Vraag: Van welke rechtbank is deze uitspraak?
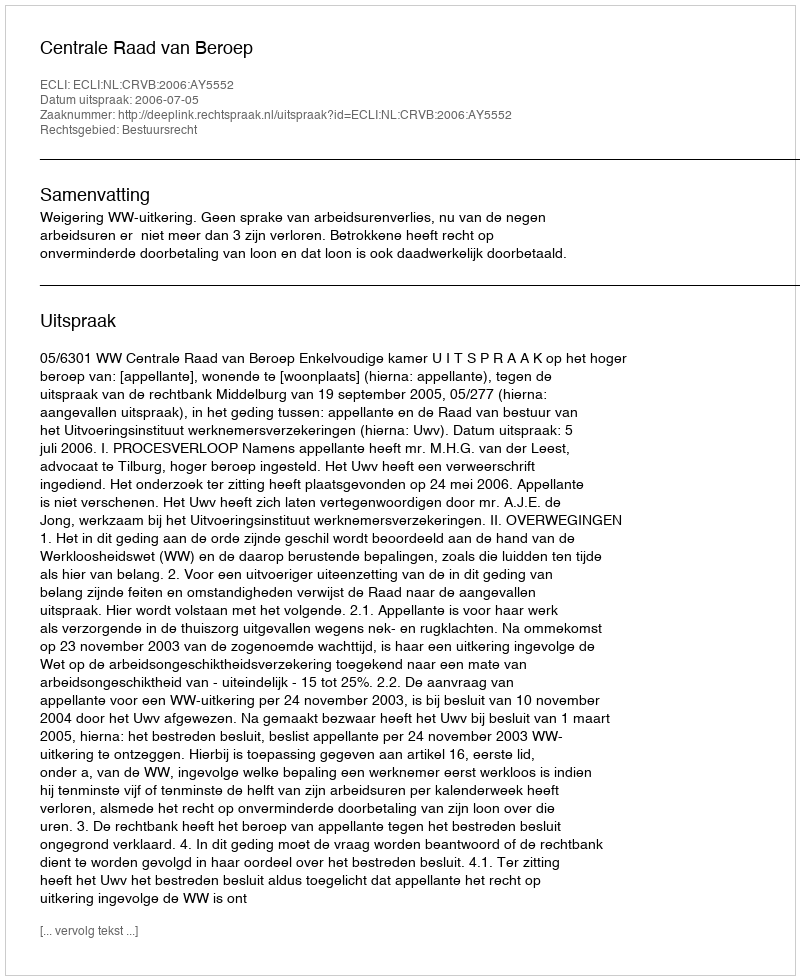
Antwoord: Centrale Raad van Beroep